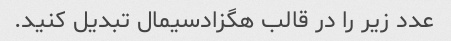
عدد زیر را در قالب هگزادسیمال تبدیل کنید.